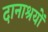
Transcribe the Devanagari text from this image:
दानाश्रयों